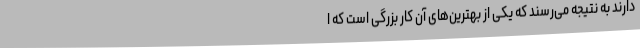
دارند به نتیجه می‌رسند که یکی از بهترین‌های آن کار بزرگی است که ا